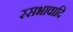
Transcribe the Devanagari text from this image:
रसभावादि